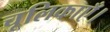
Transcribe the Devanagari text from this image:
चूलिकाएँ।